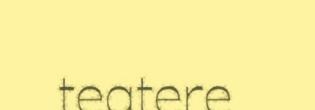
teatere